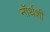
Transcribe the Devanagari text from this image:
नॉर्थशी